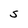
Character: S